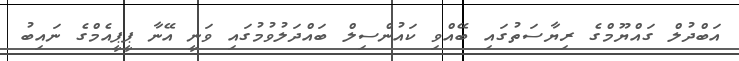
އަބްދުލް ގައްޔޫމްގެ ރިޔާސަތުގައި ބޭއްވި ކައުންސިލް ބައްދަލުވުމުގައި ވަނީ އޭނާ ޕީޕީއެމްގެ ނައިބު